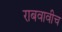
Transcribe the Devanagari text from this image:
राबवावीच